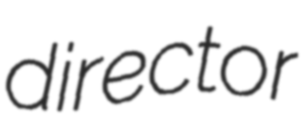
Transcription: director